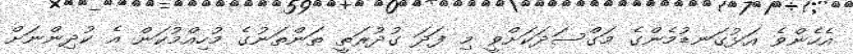
އެހެންވެ އަޅުގަނޑުމެންގެ މަގްސަދަކަށްވީ މި ފަދަ ގުދުރަތީ ތަންތަނުގެ މުހިއްމުކަން އެ ކުދިންނަށް